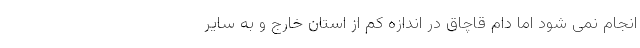
انجام نمی شود اما دام قاچاق در اندازه کم از استان خارج و به سایر